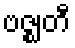
ဗဇ္ဈတီ